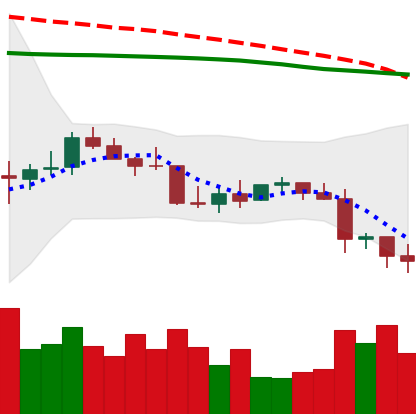
Ticker: LTC-USD
Chart end date: 2022-01-08
Forward return: 4.994%
Label: up_3_5